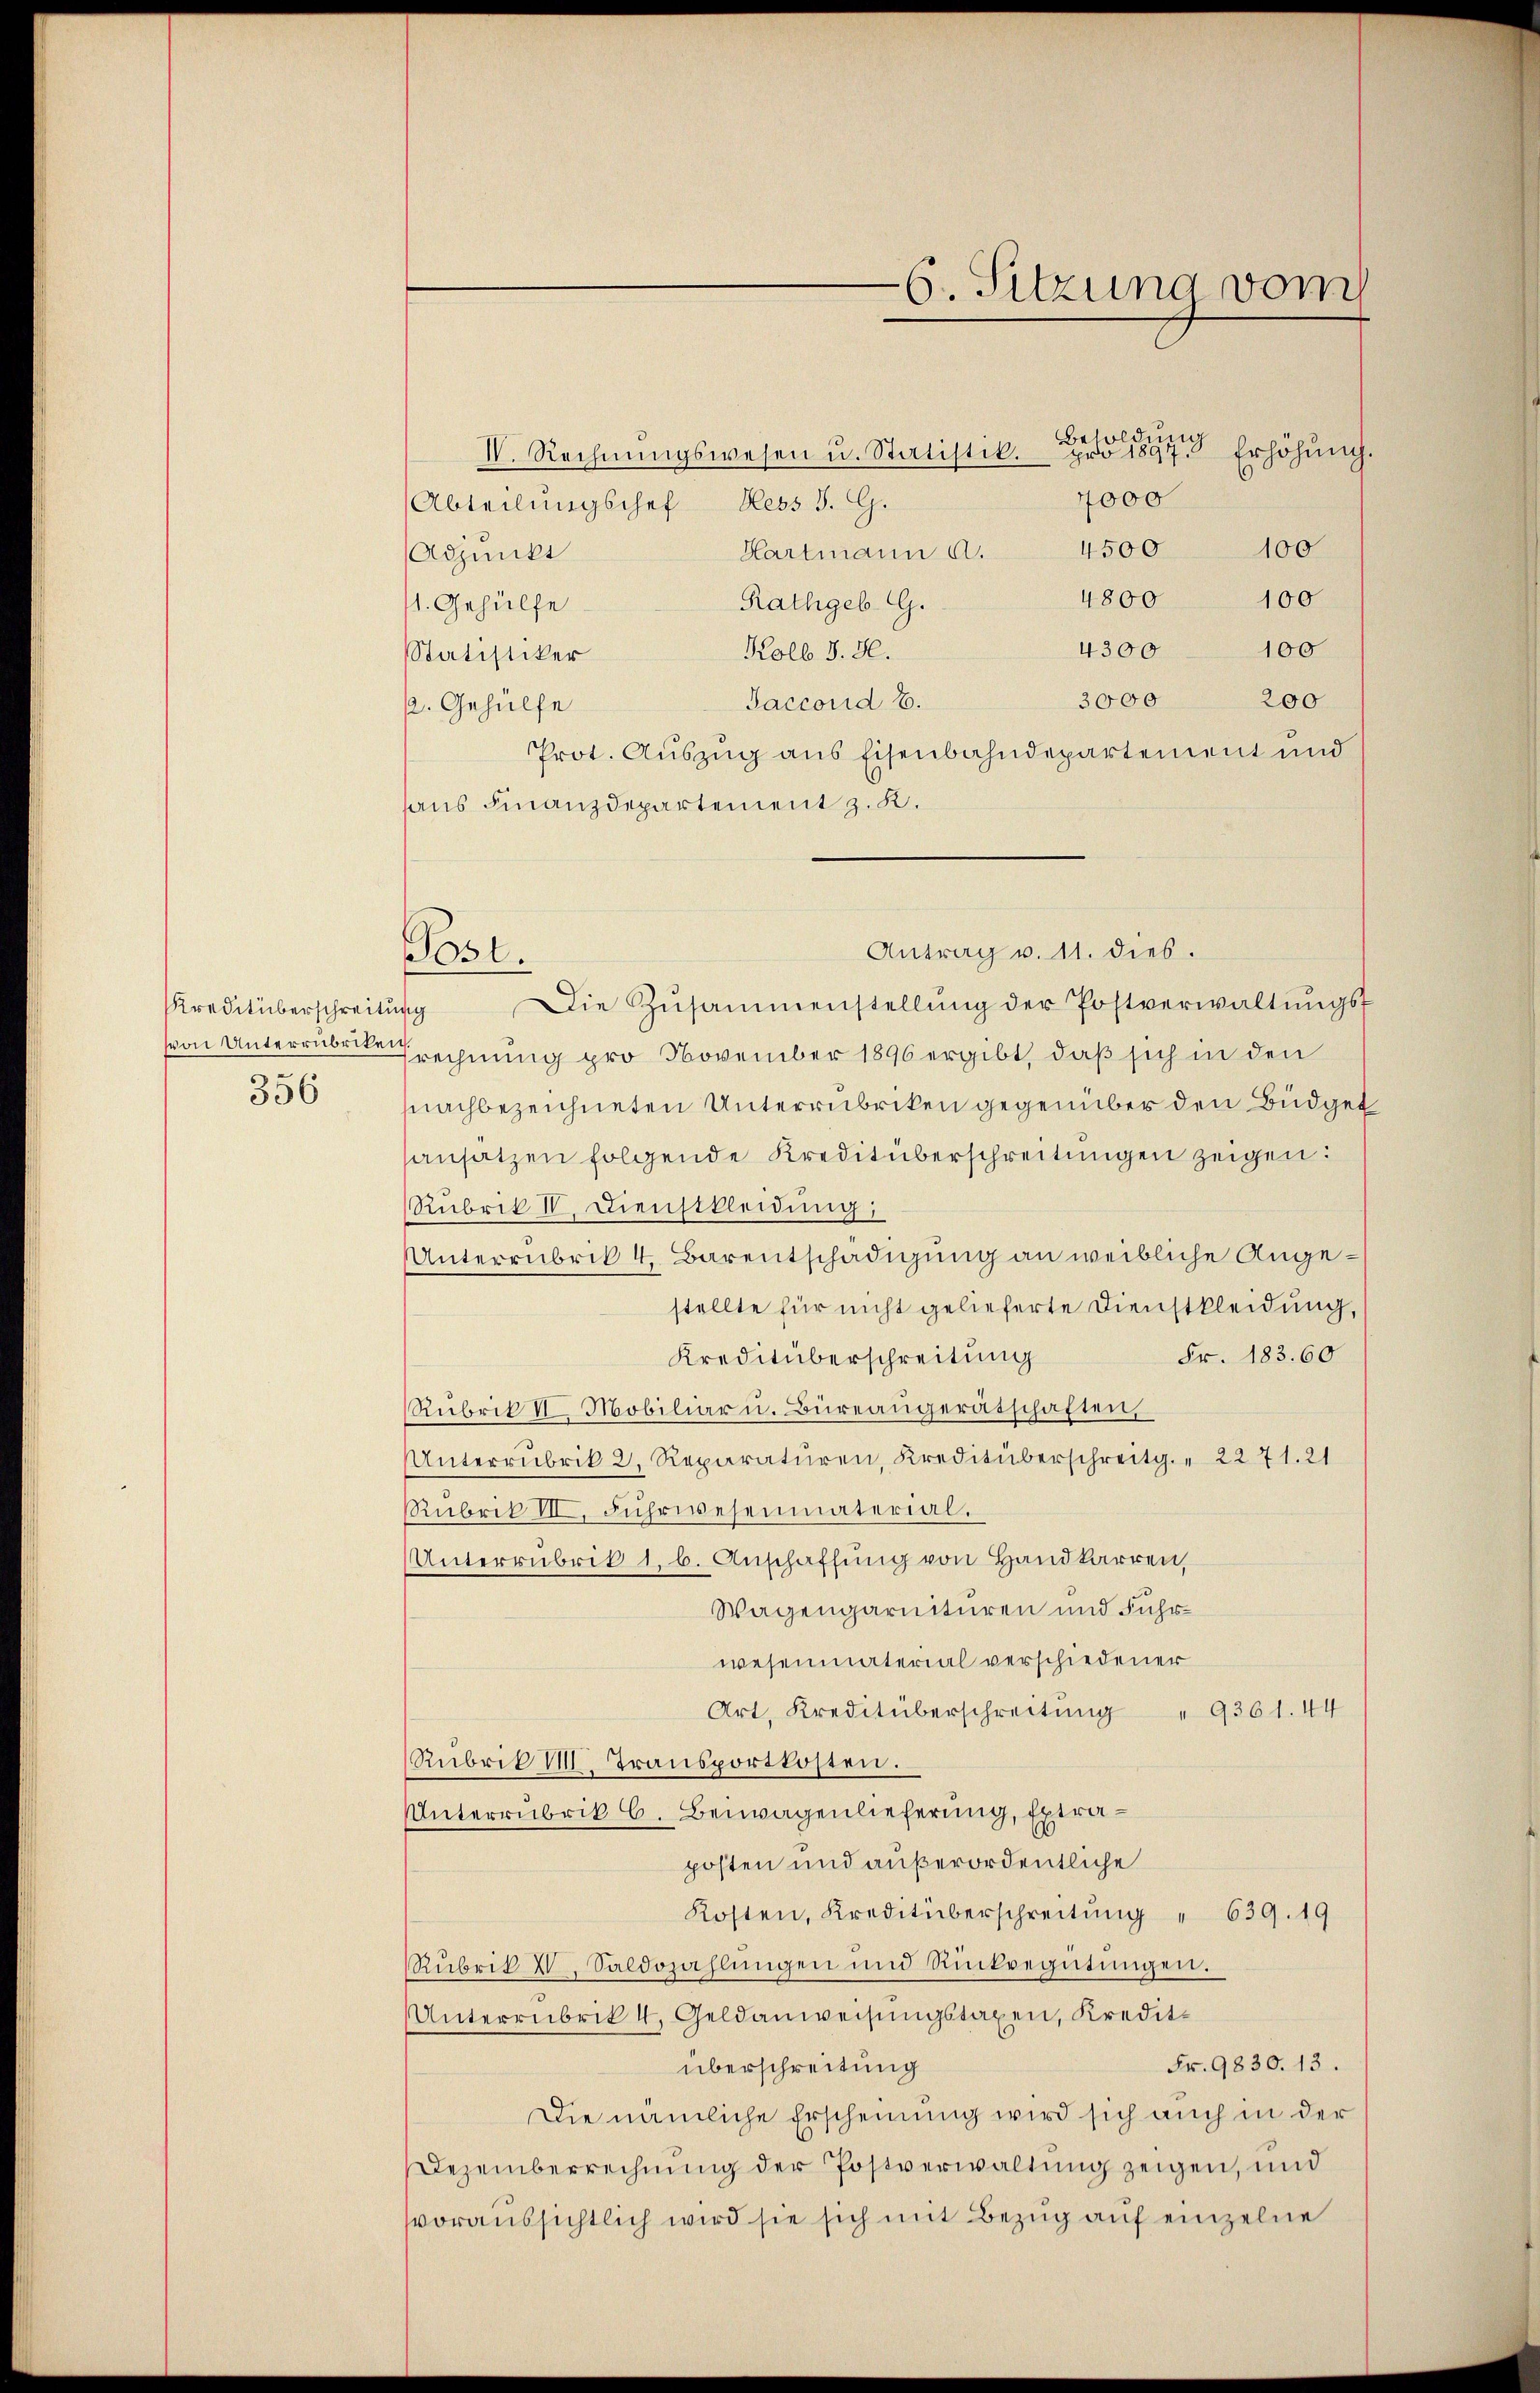
Kreditüberschreitung
356

Post.

IV. Rechnŭngswesen u. Statistik. pro 1897. Erhöhŭng.
4000
Abteilungschef Hess J. G.
4500
100
Hartmann a.
Adjunkt
4800
100
Rathgeb. G.
/1. Gehülfe
4300 - 100
Kolb S. 50.
Statistiker
3000
200
Saccord E.
p. Gehülfe
Prot. Auszug aus Eisenbahndepartement und
haus Finanzdepartement z. K.
Antrag v. 11. dies.
Die Zŭsammenstellŭng der Postverwaltŭngs-
von Unterrüberechnung pro November 1896 ergibt, daß sich in den
nachbezeichneten Unterrubriken gegenüber den Büdget
ansatzen folgende Kreditüberschreitŭngen zeigen:
Rubrik IV. Dienstkleidung;
Unterrubrik 4. Barentschädigung an weibliche Angestellte für nicht gelieferte Dienstkleidung,
Fr. 183. 60
Kreditüberschreitung
Rubrik II. Mobiliar u. Büreaŭgerätschaften,
Unterrubrik 2. Reparaturen, Kreditüberschreitg. " 2271. 21
Rubrik III, Fuhrwesenmaterial.
Unterrubrik 1, b. Anschaffŭng von Handkarren,
Wagengarnituren und Fuhrwesenmaterial verschiedener
Art, Kreditüberschreitung " 9361. 44
Rubrik VIII. Transportkosten.
Unterrubrik C. Bewagenlieferung, Extraposten und außerordentliche
Kosten, Kreditüberschreitung " 639. 19
Rubrik IV Saldozahlungen und Rückvegütŭngen.
Unterrubrik 4. Geldanweisungstaxen, Kredit.
Fr. 9830. 13.
überschreitung
Die nämliche Erscheinung wird sich auch in der
Dezemberrechnŭng der Postverwaltung zeigen, und
vvoraussichtlich wird sie sich mit Bezug auf einzelne

6. Sitzung vom

Besoldung